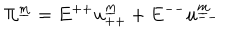
LaTeX: \Pi ^ { \underline { { m } } } = E ^ { + + } u _ { + + } ^ { \underline { { m } } } + E ^ { -- } u _ { -- } ^ { \underline { { m } } }